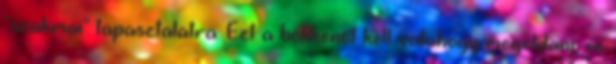
"szakmai" tapasztalatra. Ezt a bökkenőt kell valahogy megoldani, és